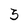
Character: 3